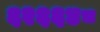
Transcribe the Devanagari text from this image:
६२६६४८